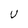
Character: U